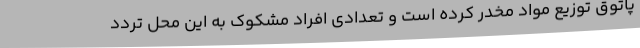
پاتوق توزیع مواد مخدر کرده است و تعدادی افراد مشکوک به این محل تردد